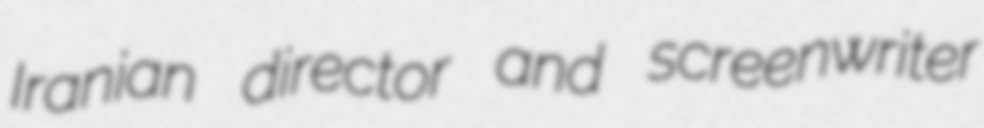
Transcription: Iranian director and screenwriter